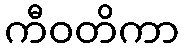
ကီဝတိကာ